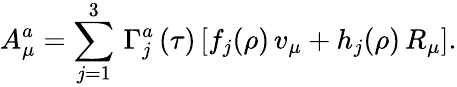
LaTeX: A_{\mu}^{a}=\sum_{j=1}^{3}\, \Gamma_{j}^{a}\, (\tau)\, [f_{j}(\rho)\, v_{\mu}+h_{j}(\rho)\, R_{\mu}].